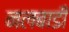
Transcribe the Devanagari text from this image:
नलबाडी